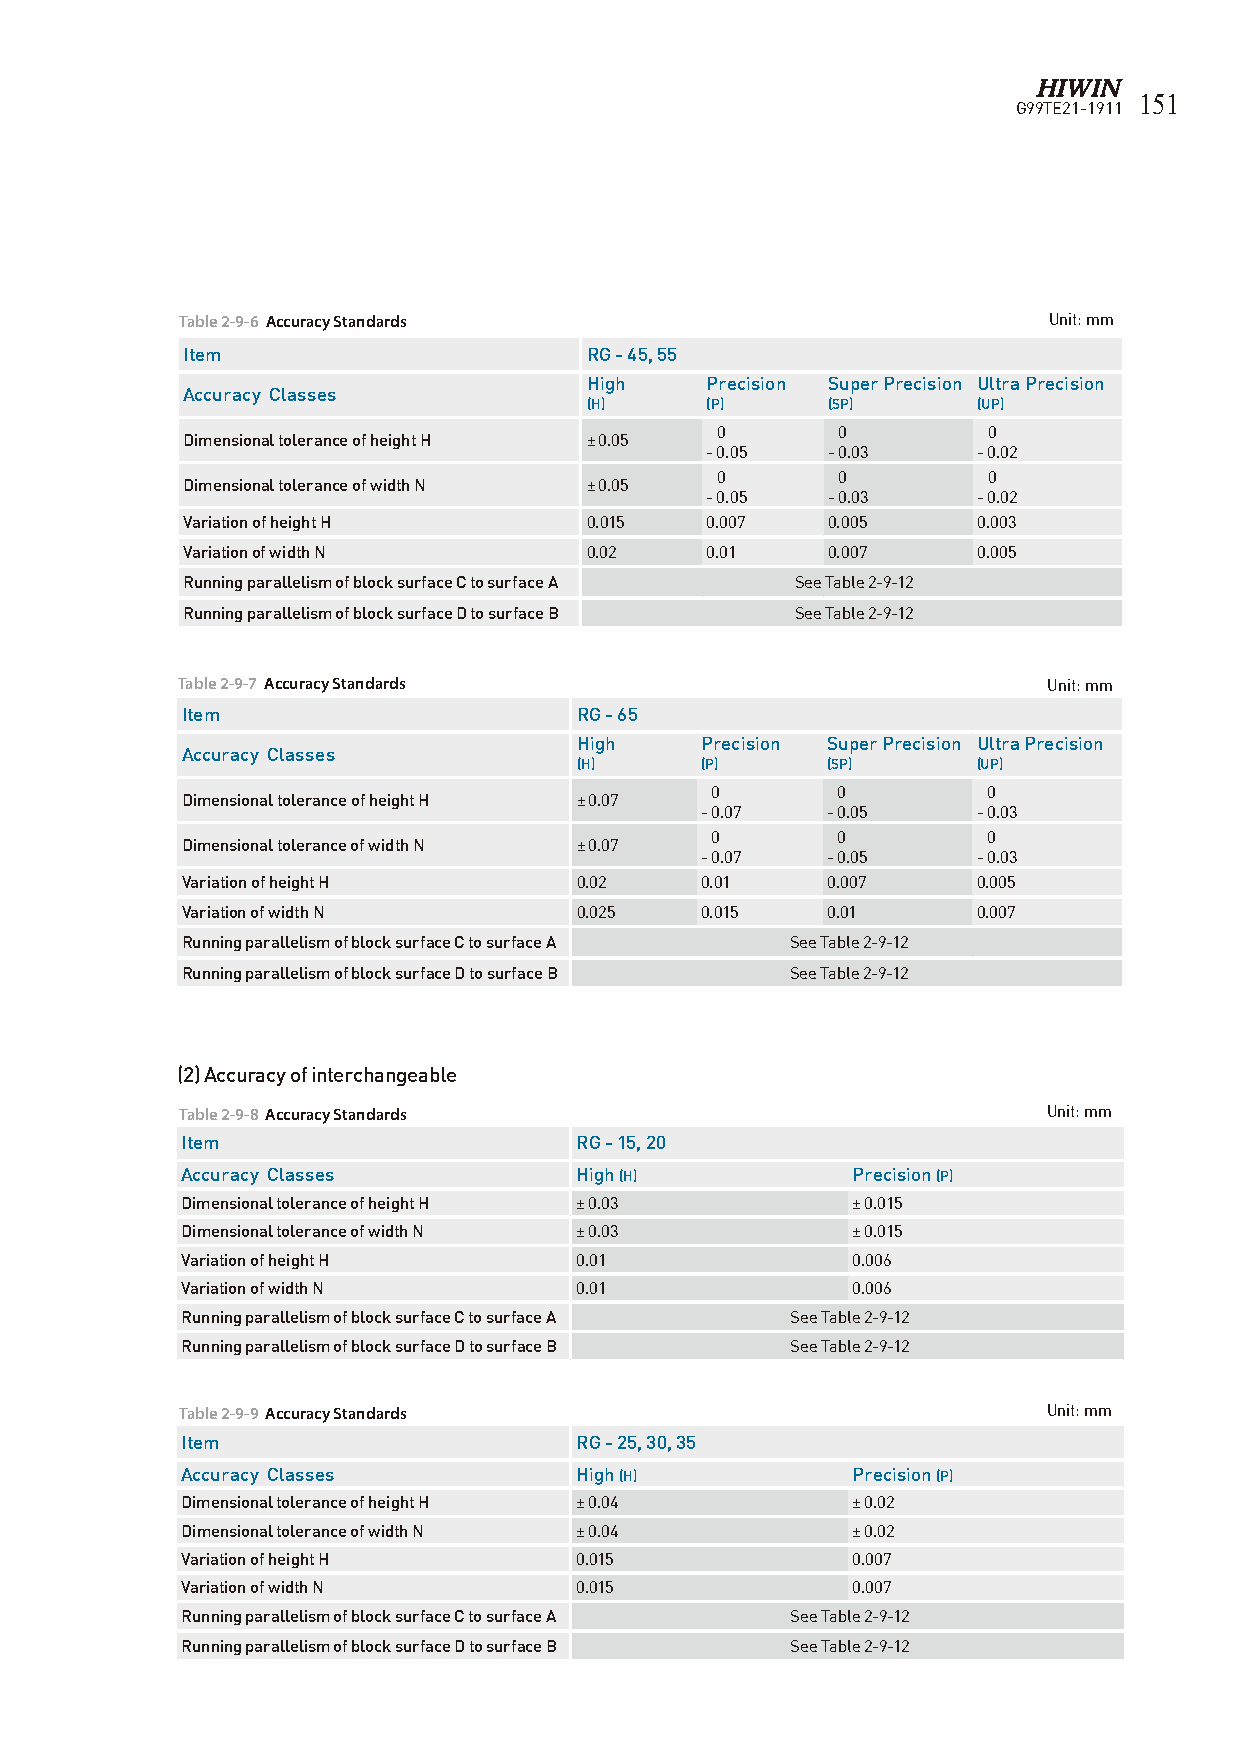
151
 G99TE21-1911
 Table 2-9-6 Accuracy Standards                           Unit: mm
 Item                       RG - 45, 55
 High    Precision Super Precision Ultra Precision
 Accuracy Classes
 (H)     (P)     (SP)      (UP)
 0       0         0
 Dimensional tolerance of height H ± 0.05
 - 0.05  - 0.03    - 0.02
 0       0         0
 Dimensional tolerance of width N ± 0.05
 - 0.05  - 0.03    - 0.02
 Variation of height H      0.015   0.007   0.005     0.003
 Variation of width N       0.02    0.01    0.007     0.005
 Running parallelism of block surface C to surface A See Table 2-9-12
 Running parallelism of block surface D to surface B See Table 2-9-12
 Table 2-9-7 Accuracy Standards                           Unit: mm
 Item                      RG - 65
 High    Precision Super Precision Ultra Precision
 Accuracy Classes
 (H)     (P)      (SP)      (UP)
 0       0         0
 Dimensional tolerance of height H ± 0.07
 - 0.07   - 0.05    - 0.03
 0       0         0
 Dimensional tolerance of width N ± 0.07
 - 0.07   - 0.05    - 0.03
 Variation of height H     0.02    0.01     0.007     0.005
 Variation of width N      0.025   0.015    0.01      0.007
 Running parallelism of block surface C to surface A See Table 2-9-12
 Running parallelism of block surface D to surface B See Table 2-9-12
 (2) Accuracy of interchangeable
 Table 2-9-8 Accuracy Standards                           Unit: mm
 Item                      RG - 15, 20
 Accuracy Classes          High (H)          Precision (P)
 Dimensional tolerance of height H ± 0.03    ± 0.015
 Dimensional tolerance of width N ± 0.03     ± 0.015
 Variation of height H     0.01              0.006
 Variation of width N      0.01              0.006
 Running parallelism of block surface C to surface A See Table 2-9-12
 Running parallelism of block surface D to surface B See Table 2-9-12
 Table 2-9-9 Accuracy Standards                           Unit: mm
 Item                      RG - 25, 30, 35
 Accuracy Classes          High (H)          Precision (P)
 Dimensional tolerance of height H ± 0.04    ± 0.02
 Dimensional tolerance of width N ± 0.04     ± 0.02
 Variation of height H     0.015             0.007
 Variation of width N      0.015             0.007
 Running parallelism of block surface C to surface A See Table 2-9-12
 Running parallelism of block surface D to surface B See Table 2-9-12